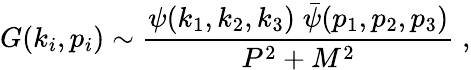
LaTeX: G(k_{i},p_{i})\sim\frac{\psi(k_{1},k_{2},k_{3})\; \bar{\psi}(p_{1},p_{2},p_{3})}{P^{2}+M^{2}}\; ,